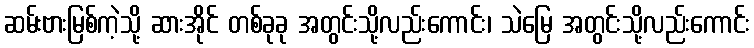
ဆမ်းဗားမြစ်ကဲ့သို့ ဆားအိုင် တစ်ခုခု အတွင်းသို့လည်းကောင်း၊ သဲမြေ အတွင်းသို့လည်းကောင်း